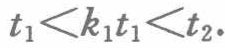
\(t_{1}<k_{1}t_{1}<t_{2}.\)